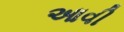
આવી